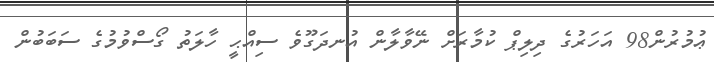
ޢުމުރުން98 އަހަރުގެ ދިލިޕް ކުމާރަށް ނޭވާލާން އުނދަގޫވެ ސިއްޙީ ހާލަތު ގޯސްވުމުގެ ސަބަބުން